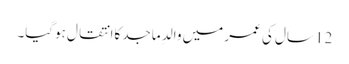
12 سال کی عمر میں والدِ ماجد کاانتقال ہوگیا۔